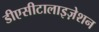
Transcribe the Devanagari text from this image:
डीएसीटालाइज़ेशन